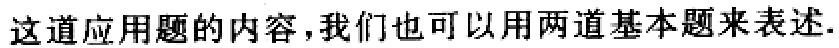
这道应用题的内容,我们也可以用两道基本题来表述.